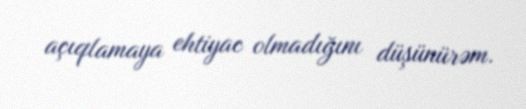
açıqlamaya ehtiyac olmadığını düşünürəm.